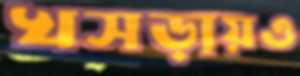
খসড়ায়ও